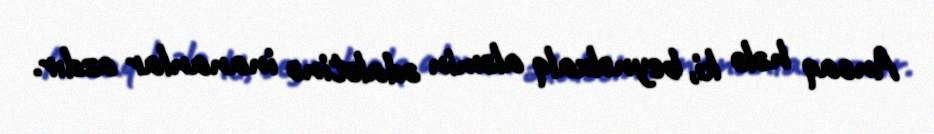
Ancaq hələ ki, beynəlxalq aləmin ədalətinə inananlar azdır.